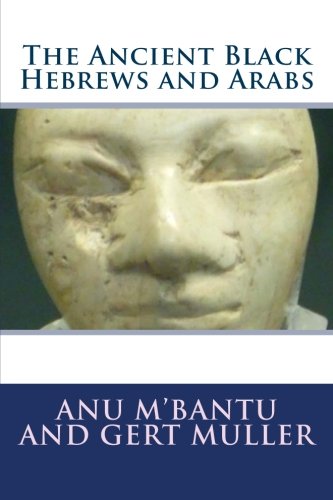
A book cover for The Ancient Black Hebrews and Arabs; Anu M'Bantu; History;